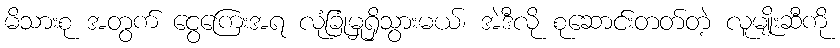
မိသားစု အတွက် ငွေကြေးအရ လုံခြုံမှုရှိသွားမယ်၊ အဲဒီလို စုဆောင်းတတ်တဲ့ လူမျိုးဆီကို